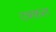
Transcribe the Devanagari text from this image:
टक्कल